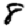
Digit: 8